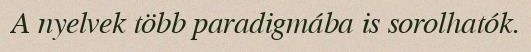
A nyelvek több paradigmába is sorolhatók.